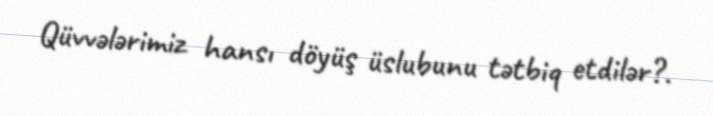
Qüvvələrimiz hansı döyüş üslubunu tətbiq etdilər?.